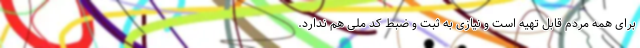
برای همه مردم قابل تهیه است و نیازی به ثبت و ضبط کد ملی هم ندارد.